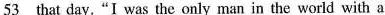
\underline{53} that day."I was the only man in the world with a